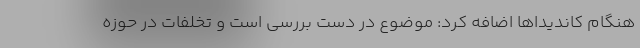
هنگام کاندیداها اضافه کرد: موضوع در دست بررسی است و تخلفات در حوزه